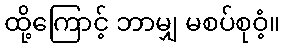
ထို့ကြောင့် ဘာမျှ မစပ်စုဝံ့။